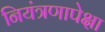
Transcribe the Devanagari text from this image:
नियंत्रणापेक्षा